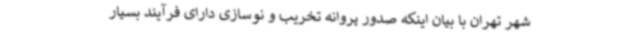
شهر تهران با بیان اینکه صدور پروانه تخریب و نوسازی دارای فرآیند بسیار